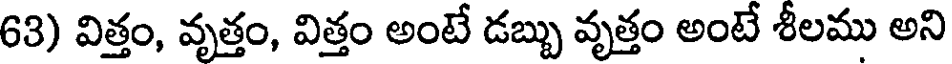
63) విత్తం, వృత్తం, విత్తం అంటే డబ్బు వృత్తం అంటే శీలము అని